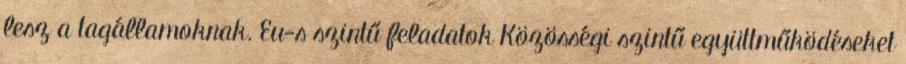
lesz a tagállamoknak. Eu-s szintű feladatok Közösségi szintű együttműködéseket